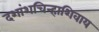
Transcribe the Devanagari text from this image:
दशांशचिन्हाशिवाय